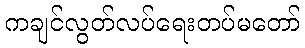
ကချင်လွတ်လပ်ရေးတပ်မတော်